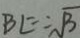
B L = \sqrt { 3 }